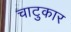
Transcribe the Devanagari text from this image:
चाटुकार